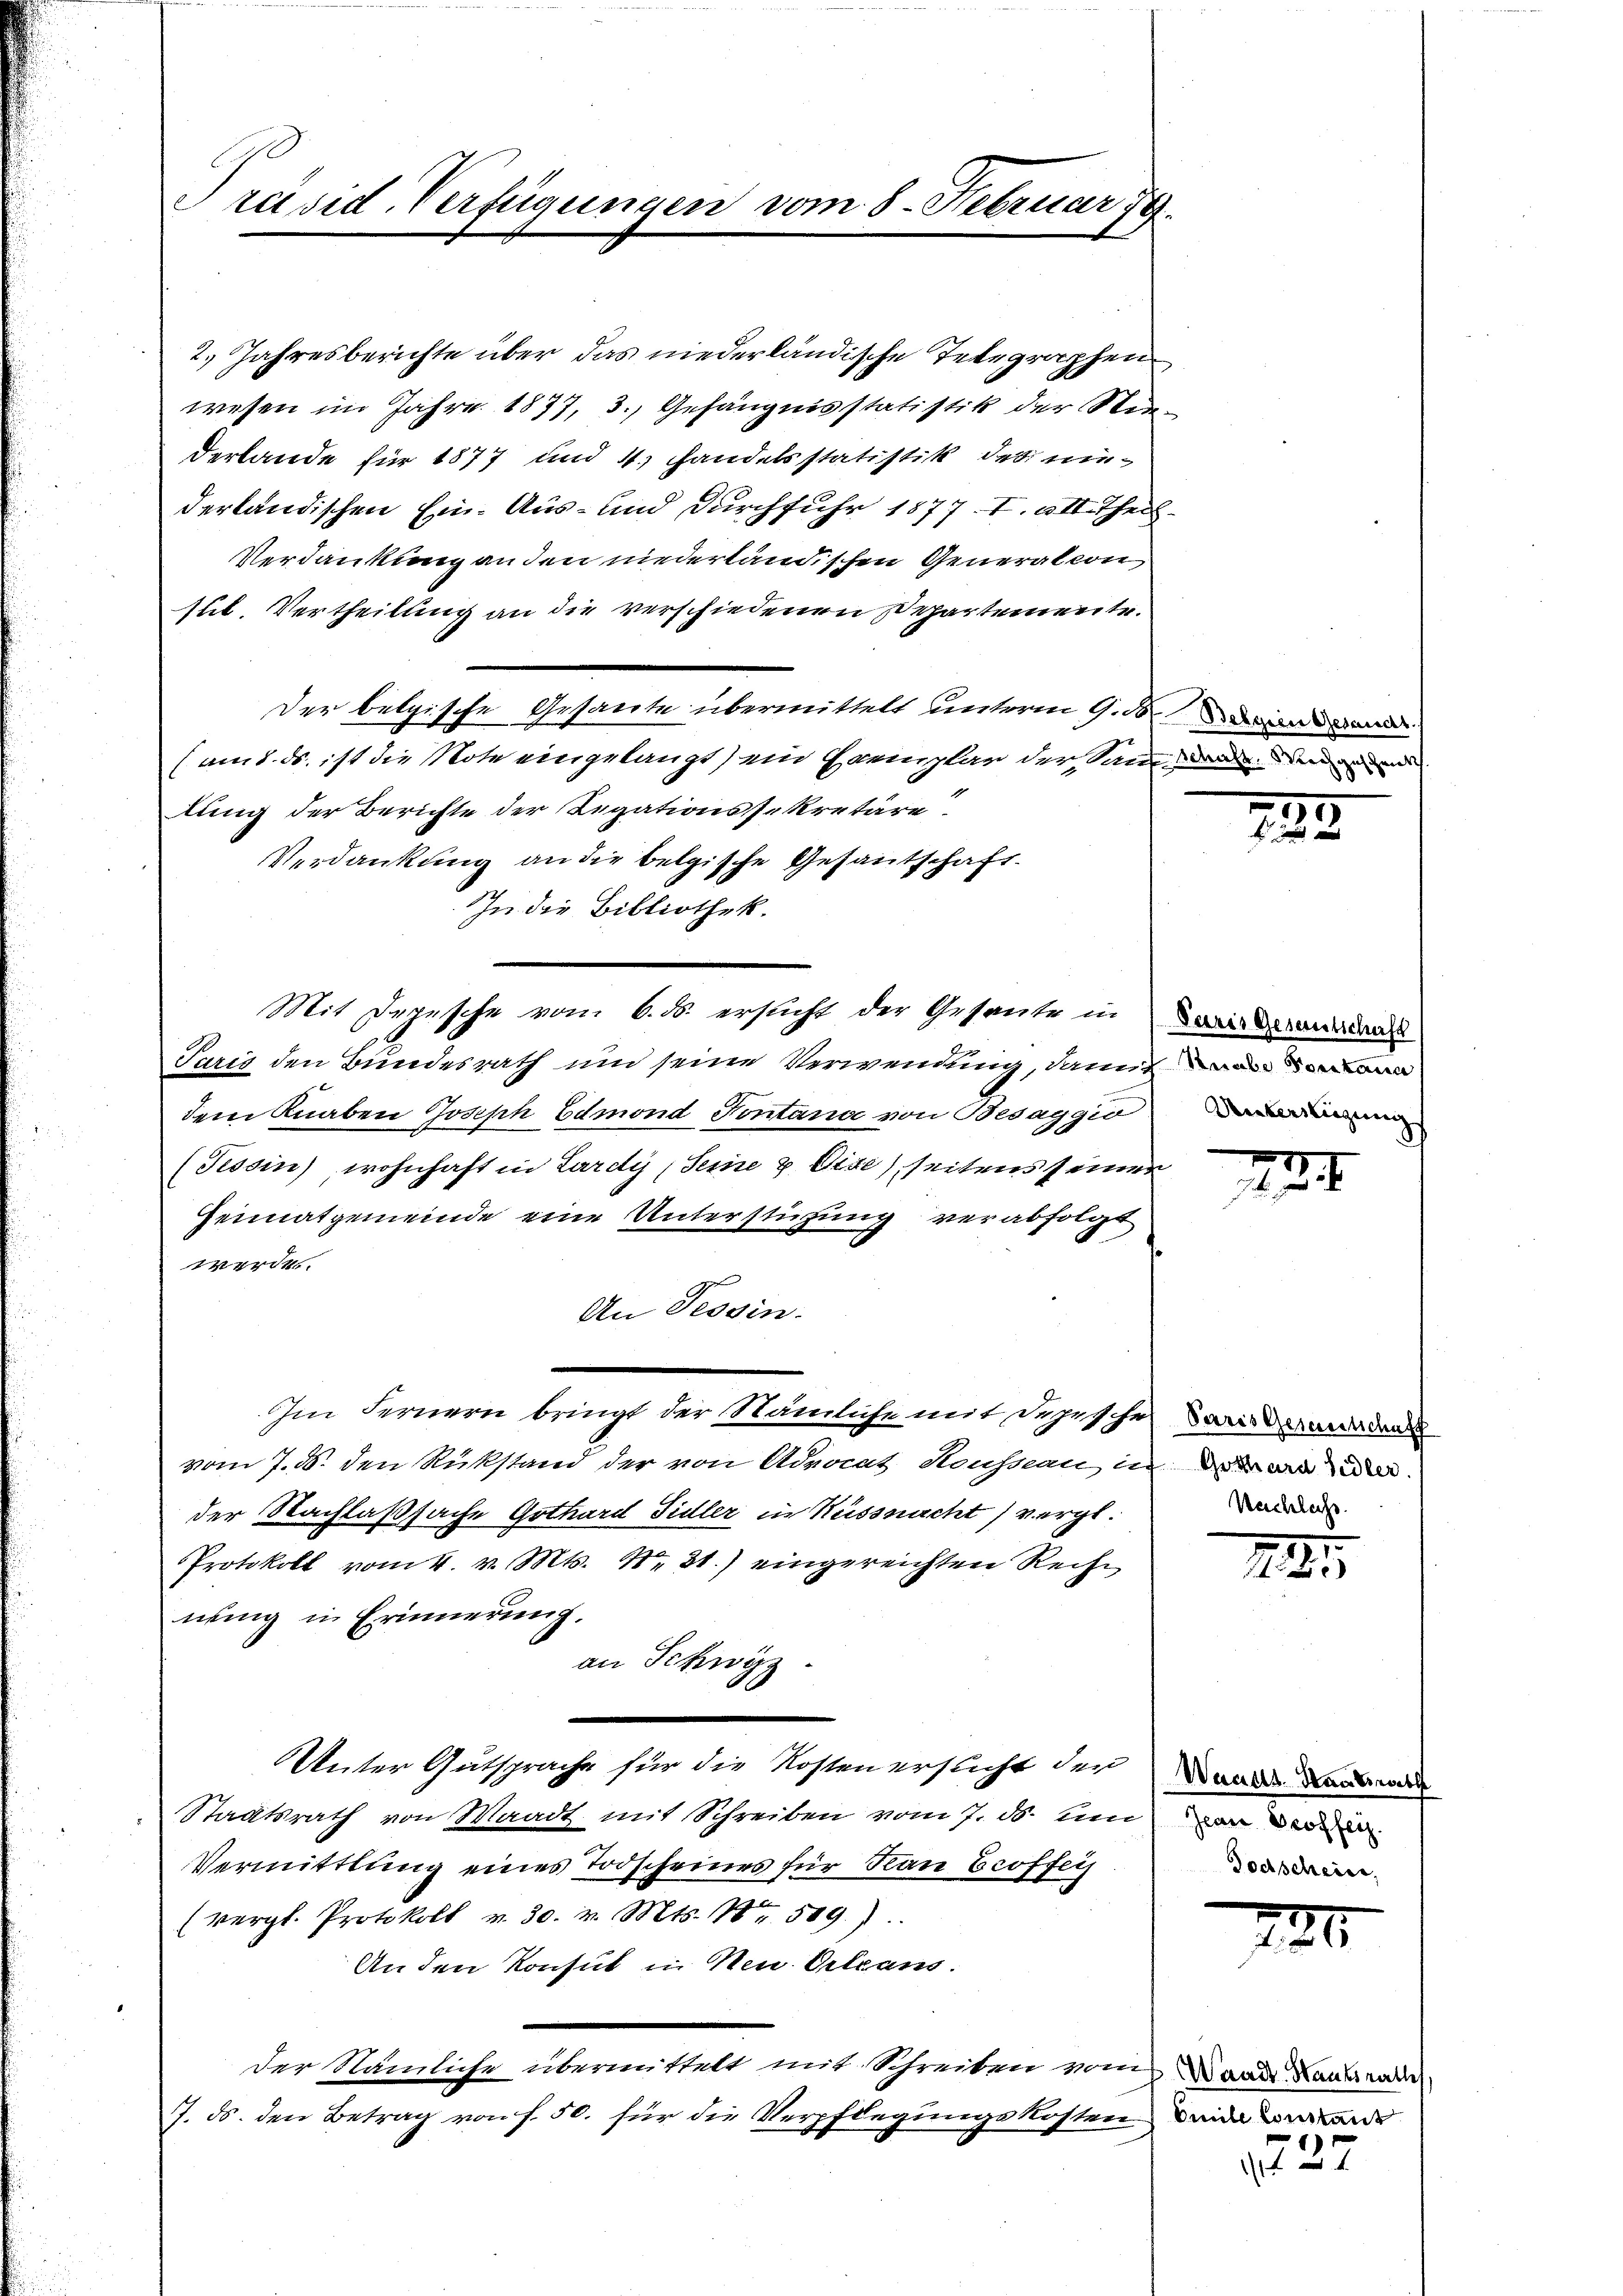
Präsid. Verfügungen vom 8. Februar 19

2. Jahresberichte über das niederländische Telegraphen
wesen im Jahre 1877, 3., Gehängnisstatistik der Niederlande für 1877 und 4.) Handelsstatistik des niederländischen Ein- Aus- und durchfuhr 1877. I. II. Theil¬
Verdankung an den niederländischen Generalcon
sub. Vertheilung an die verschiedenen Departemente.
Der belgische Gesamte übermittelt unterm 9. ds. in d
(am 1. ds. ist die Note eingelangt) ein Haemplar der am mode der anden
lung der Berichte der Regationssekretäre
Verdankung an die belgische Gesantschaft.
In die Bibliothek.
Mit Depesche vom 6. ds. ersucht der Gesante in
Paris den Bundesrath und seine Verwendung, damit
dem Knaben Joseph Edmond Pontand von Besaggio
(Fissin) wohnhaft in Lardy Seine & Vize) seitens seiner
Heimatgemeinde eine Unterstüzung verabfolgt
werde
An Tessin.
Im Fernern bringt der Nämliche mit Depesche Paris veranden
vom 7. d. den Rükstand der von Advocat Housseau in der war de
der Nachlaßsache Gothard Sidler in Küssnacht vergl.
Protokoll vom 4. v. Mts. N. 31.) eingereichten Reihe
nung in Erinnerung.
an Schwyz
Unter Gutsprache für die Kosten ersticht der Waare Baumwand
Staatsrath von Waadt mit Schreiben vom 7. ds. um vor der der
Vermittlung eines Todscheines für Man Eroffe
(vergl. Protokoll v. 30. v. Mts. Nr. 589.)
An den Konsul in Neu Orleans
der Nämliche übermittelt mit Schreiben vom Mande Kamerade
7. ds. den Betrag von f. 50. für die Verpflegungskosten den werde

35
f x

Paris Gesamtschaft
Unterstigung

1

Nachlach.

2

Todschein,

787.

1727